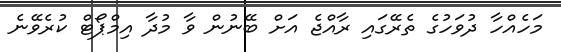
މަހެއްހާ ދުވަހުގެ ތެރޭގައި ރާއްޖެ އަށް ބޭނުން ވާ މުދާ އިމްޕޯޓް ކުރެވޭނެ